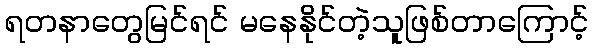
ရတနာတွေမြင်ရင် မနေနိုင်တဲ့သူဖြစ်တာကြောင့်